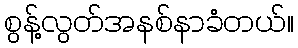
စွန့်လွတ်အနစ်နာခံတယ်။